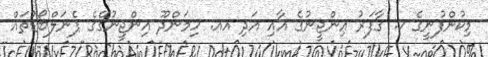
މިކުންފުނީގެ ކ. ގާފަރު އިންޖީނުގެ އާއި އަދި އއ. ހިމަންދޫ އިންޖީނުގޭގެ ޕެނަލްބޯޑުތައް